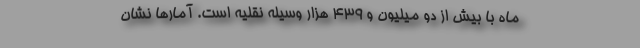
ماه با بیش از دو میلیون و ۴۳۹ هزار وسیله نقلیه است. آمار‌ها نشان